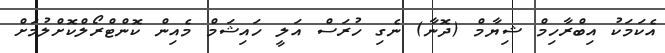
އެކަމަކު އިބްރާހިމް ޝިޔާމް (ދޮނާ) ނެގި ހުރަސް އަލީ ހައިޝަމް މެއިން ކޮންޓްރޯލްކޮށްލުމަށް